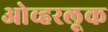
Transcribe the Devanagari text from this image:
ओव्हरलूक